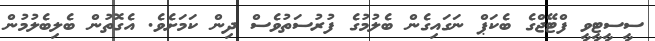
ސީސީޓީވީ ފްޓޭޖްގެ ބެކަޕް ނަގައިގެން ބެލުމުގެ ފުރުސަތުވެސް ދިން ކަމަށެވެ. އެގޮތުން ބެލިބެލުމުން